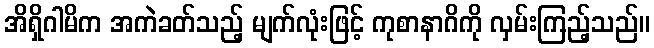
အိရှိဂါမိက အကဲခတ်သည့် မျက်လုံးဖြင့် ကုစာနာဂိကို လှမ်းကြည့်သည်။